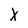
Character: X